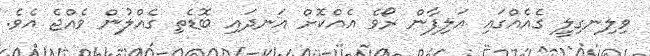
ވިލިނގިލީ ގެއެއްގައި އަލިފާން ރޯވެ އެއްކޮށް އަނދައި ބޮޑެތި ގެއްލުން ވެއްޖެ އެވެ.